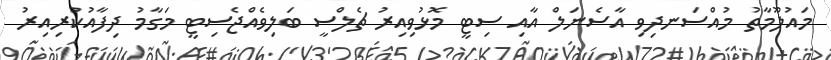
މައުލޫމާތު މުއްސަނދިވި އާސެނަލް އާއި ސިޓީ މޮޅުވިއިރު ޗެލްސީ ބަލިވެއްޖެސިޓީ މަގާމު ދިފާއުކުރިއިރު